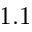
1 . 1